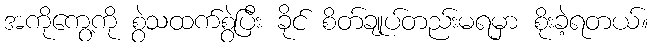
အကိုကွေ့ကို စွဲသထက်စွဲပြီး ခိုင် စိတ်ချုပ်တည်းမရမှာ စိုးခဲ့ရတယ်။